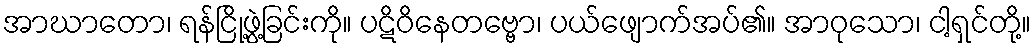
အာဃာတော၊ ရန်ငြို့ဖွဲ့ခြင်းကို။ ပဋိဝိနေတဗ္ဗော၊ ပယ်ဖျောက်အပ်၏။ အာဝုသော၊ ငါ့ရှင်တို့။